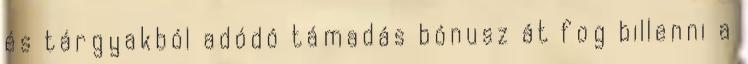
és tárgyakból adódó támadás bónusz át fog billenni a